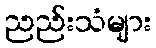
ညည်းသံများ